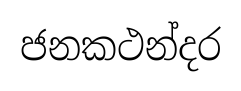
ජනකථන්දර